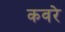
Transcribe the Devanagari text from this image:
कवरे